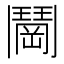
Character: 𬴰